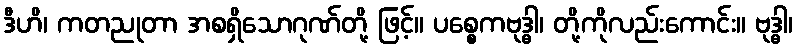
ဒီဟိ၊ ကတညုတာ အစရှိသောဂုဏ်တို့ ဖြင့်။ ပစ္စေကဗုဒ္ဓါ၊ တို့ကိုလည်းကောင်း။ ဗုဒ္ဓါ၊